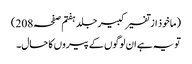
(ماخوذ از تفسیر کبیر جلد ہفتم صفحہ208)
تو یہ ہے ان لوگوں کے پیروں کا حال۔